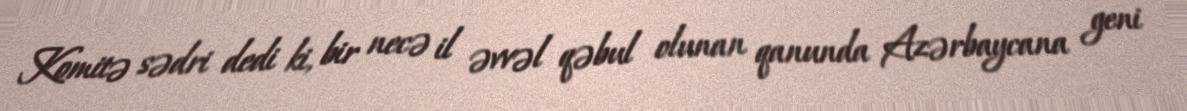
Komitə sədri dedi ki, bir necə il əvvəl qəbul olunan qanunda Azərbaycana geni